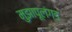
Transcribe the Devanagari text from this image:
मुझापूलंगड